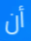
أن